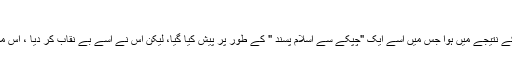
UCLAخالد ابو الفضل
یہ واضح نہیں ہے کہ یہ گرداب مکمل طور پر میرئے 2004 ء کے مضمون کے عملی مظاہرئے کے نتیجے میں ہوا جس میں اسے ایک "چپکے سے اسلام پسند " کے طور پر پیش کیا گیا، لیکن اس نے اسے بے نقاب کر دیا ، اس مضمون کو 30،000 سے زیادہ مرتبہ پڑھا گیا، جس نے اس کی حثیت کو مکمل طور پر ختم کر دیا۔